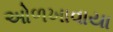
ઓળખાવાયા